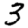
Digit: 3